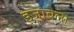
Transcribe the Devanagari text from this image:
इजाबेला